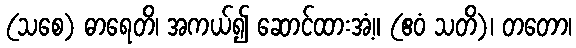
(သစေ) ဓာရေတိ၊ အကယ်၍ ဆောင်ထားအံ့။ (ဧဝံ သတိ)၊ တတော၊